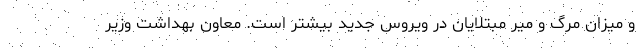
و میزان مرگ و میر مبتلایان در ویروس جدید بیشتر است. معاون بهداشت وزیر